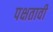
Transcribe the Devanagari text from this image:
पक्षतावी